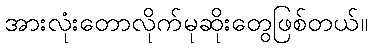
အားလုံးတောလိုက်မုဆိုးတွေဖြစ်တယ်။